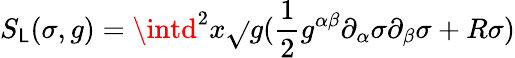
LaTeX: S_{\mathsf{L}}(\sigma,g)=\intd^{2}x\sqrt{}{g}(\frac{{1}}{{2}}g^{\alpha\beta}\partial_{\alpha}\sigma\partial_{\beta}\sigma+R\sigma)